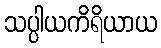
သပ္ပါယကိရိယာယ